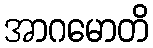
အာဂမောတိ